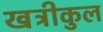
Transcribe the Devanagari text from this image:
खत्रीकुल